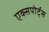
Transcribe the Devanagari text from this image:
एक्सपोर्ट्स